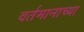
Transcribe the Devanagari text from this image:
वर्तमानाच्या